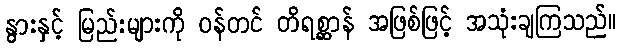
နွားနှင့် မြည်းများကို ဝန်တင် တိရစ္ဆာန် အဖြစ်ဖြင့် အသုံးချကြသည်။